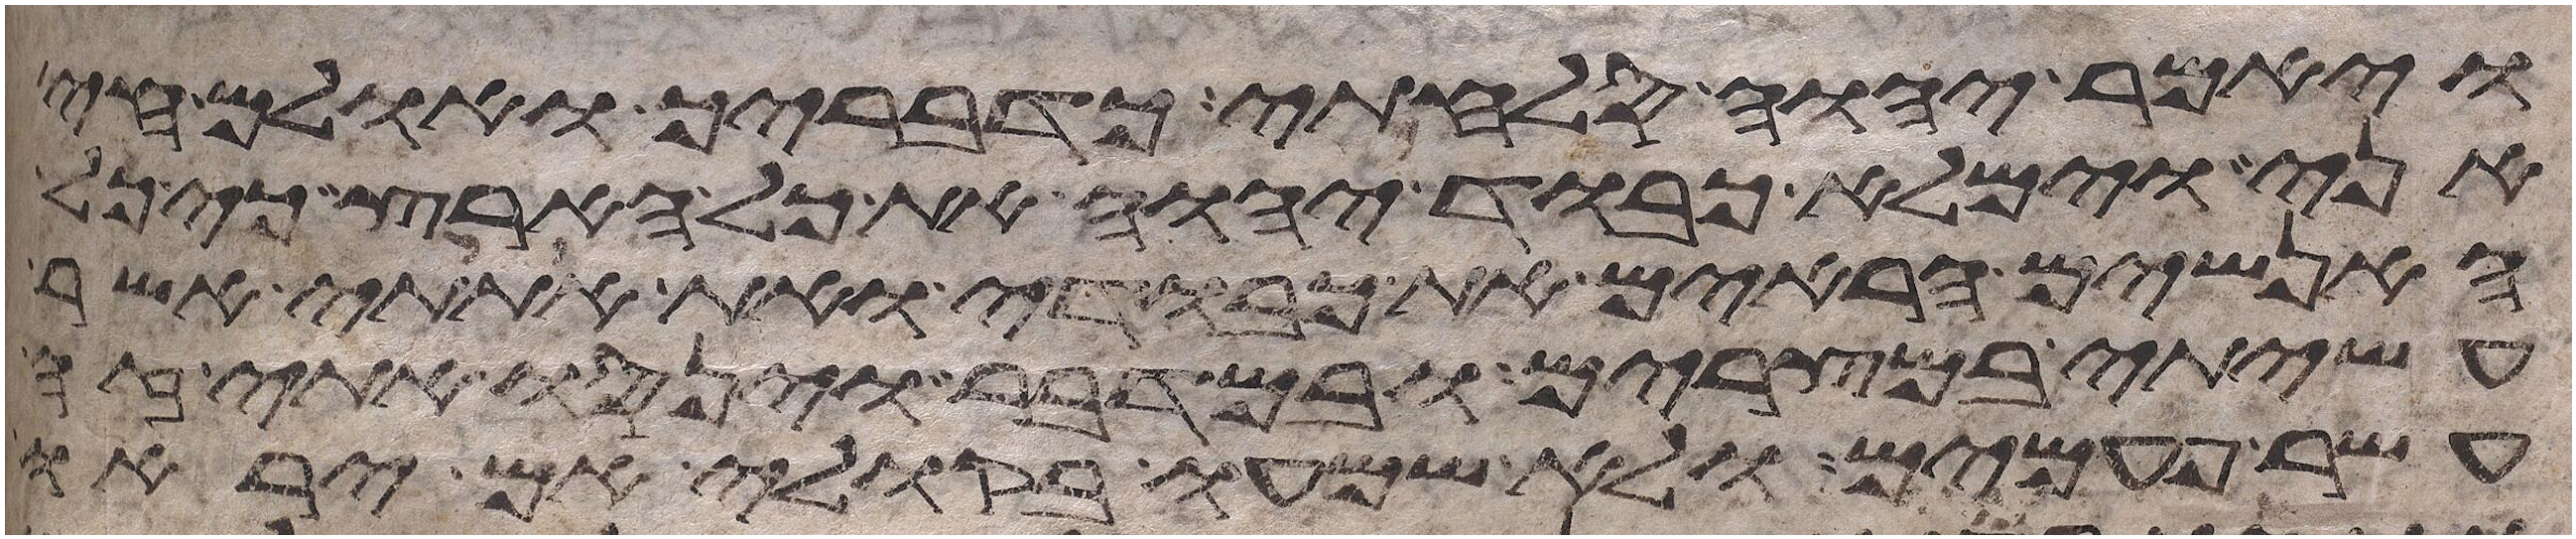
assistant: ויאמר יהוה סלחתי כדבריך ואולם חי
אני וימלא כבוד יהוה את כל הארץ כי כל
האנשים הראים את כבודי ואת אתותי אשר
עשיתי במצרים ובמדבר וינסו אתי זה
עשר פעמים ולא שמעו בקולי אם יראו